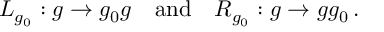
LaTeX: L _ { g _ { 0 } } : g \rightarrow g _ { 0 } g \ \ \ \mathrm { a n d } \ \ \ R _ { g _ { 0 } } : g \rightarrow g g _ { 0 } \, .